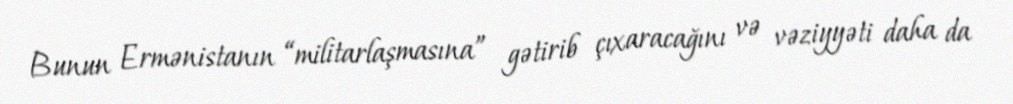
Bunun Ermənistanın “militarlaşmasına” gətirib çıxaracağını və vəziyyəti daha da